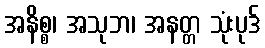
အနိစ္စ၊ အသုဘ၊ အနတ္တ သုံးပုဒ်